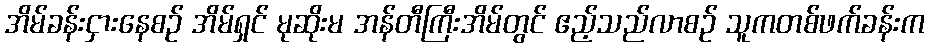
အိမ်ခန်းငှားနေစဉ် အိမ်ရှင် မုဆိုးမ အန်တီကြီးအိမ်တွင် ဧည့်သည်လာစဉ် သူကတစ်ဖက်ခန်းက